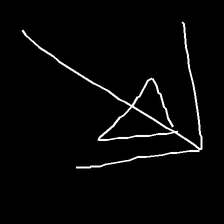
Glyph: pull